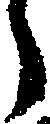
う